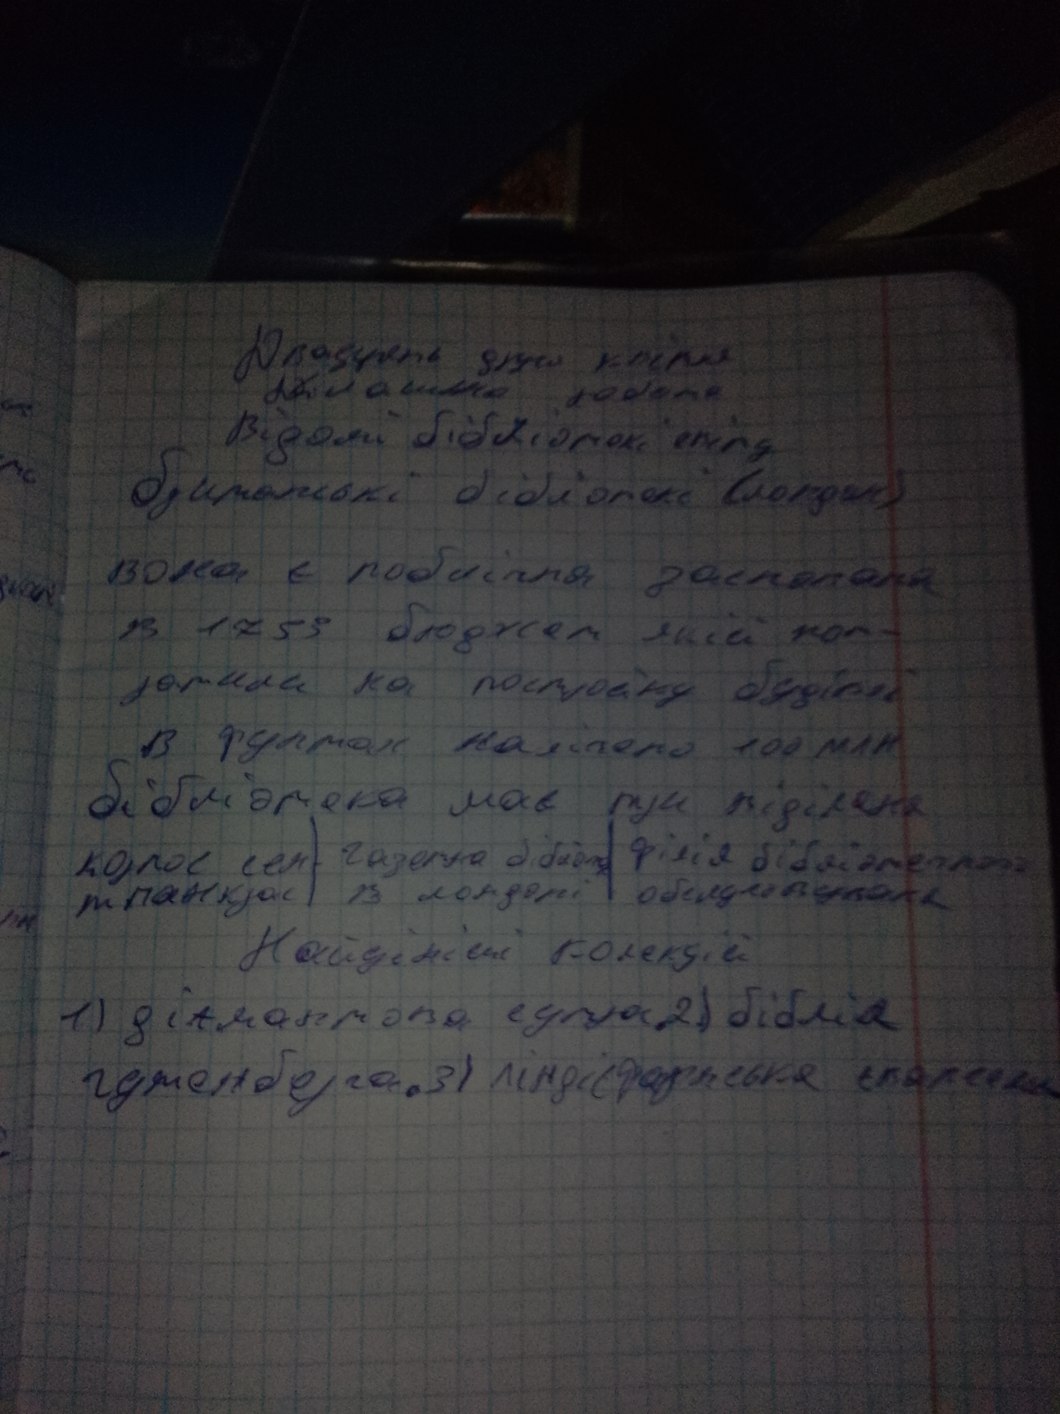
Домашня робота
Відомі бібліотеки світу
Британські бібліотекі (лондон)
вона є побічна заснована
в 1753 бюджет якій пот-
ратили на постройку будівлі
В фунтах налічено 100 млн
бібліотека має три відділення
колос сент панкзас|газетна бібліотека в Лондоні| філія бібліотечного обслуговування
Найцініші колекції
1)діамантова сутра 2) біблія
гутенберга 3) ліндісфарнське євангеліє